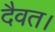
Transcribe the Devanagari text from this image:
दैवत।